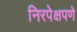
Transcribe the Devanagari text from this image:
निरपेक्षपणे